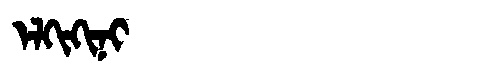
Manchu: ᡝᠯᡴᡳᡴᡳᠨᡳ
Romanization: ELKIKINI